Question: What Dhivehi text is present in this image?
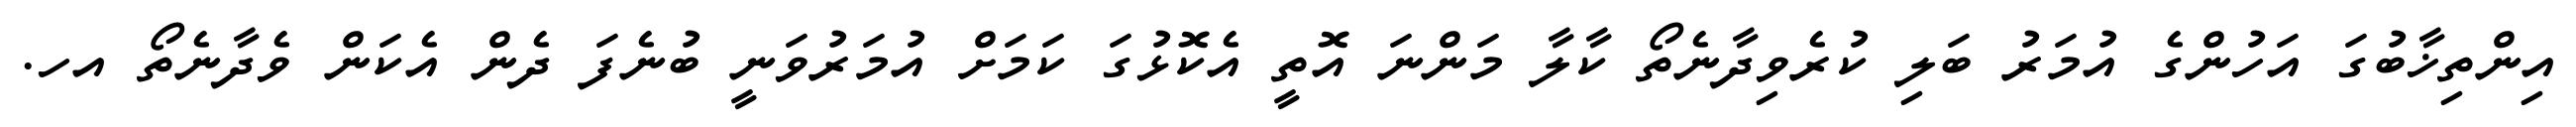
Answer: އިންތިޚާބުގަ އަހުންގެ އުމަރު ބަލި ކުރެވިދާނެތޯ ކާލާ މަންނަ އޮތީ އެކޮޅުގަ ކަމަށް އުމަރުވަނީ ބުނެފަ ދެން އެކަން ވެދާނެތޯ އހ.